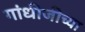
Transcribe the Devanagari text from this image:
गांधीजीच्या